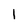
Character: 1